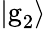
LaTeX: |\textrm{g}_{2}\rangle